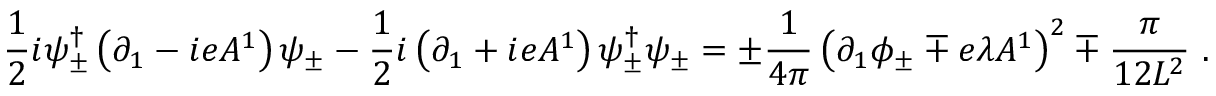
\frac { 1 } { 2 } i \psi _ { \pm } ^ { \dagger } \left( \partial _ { 1 } - i e A ^ { 1 } \right) \psi _ { \pm } - \frac { 1 } { 2 } i \left( \partial _ { 1 } + i e A ^ { 1 } \right) \psi _ { \pm } ^ { \dagger } \psi _ { \pm } = \pm \frac { 1 } { 4 \pi } \left( \partial _ { 1 } \phi _ { \pm } \mp e \lambda A ^ { 1 } \right) ^ { 2 } \mp \frac { \pi } { 1 2 L ^ { 2 } } \ .